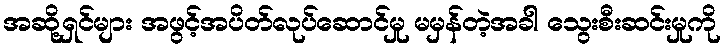
အဆို့ရှင်များ အဖွင့်အပိတ်လုပ်ဆောင်မှု မမှန်တဲ့အခါ သွေးစီးဆင်းမှုကို